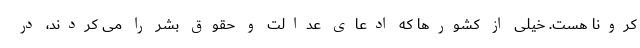
کرونا هست. خیلی از کشورها که ادعای عدالت و حقوق بشر را می کردند، در